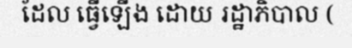
ដែល ធ្វើឡើង ដោយ រដ្ឋាភិបាល (